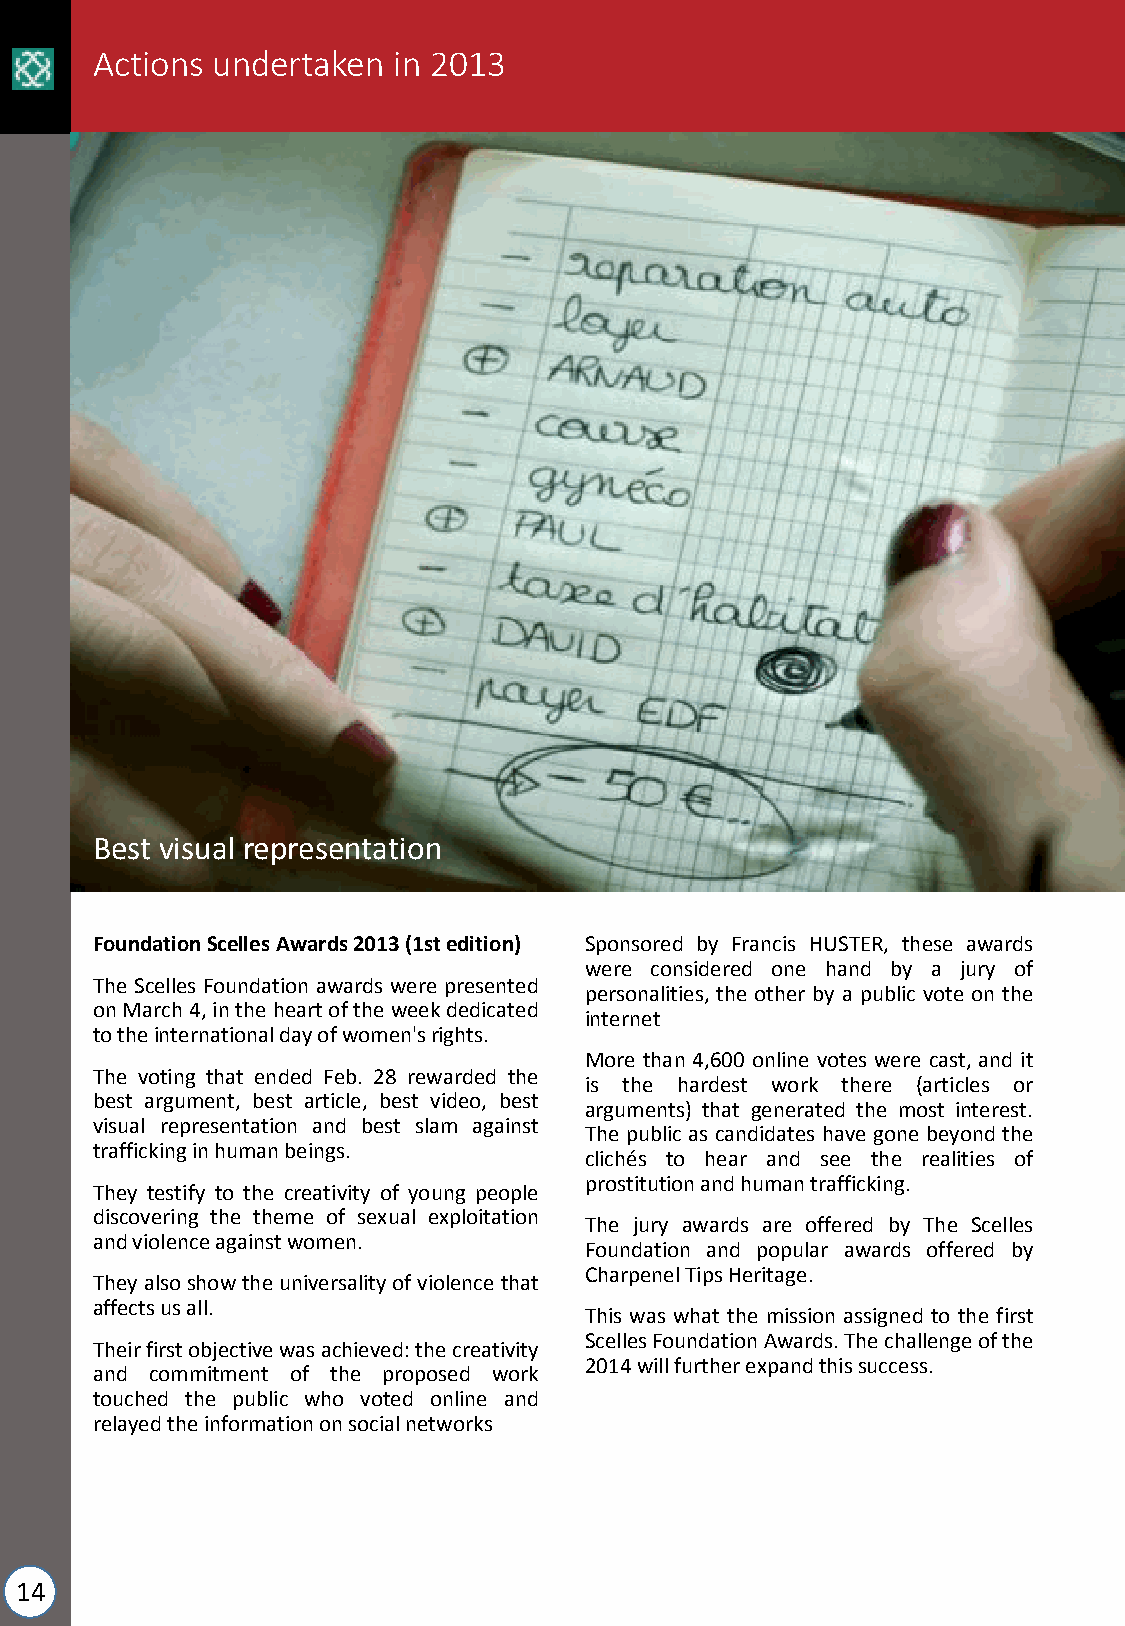
Actions undertaken  in 2013
 Best visual representation
 FoundationScellesAwards2013(1stedition) Sponsored by Francis HUSTER, these awards
 were considered one hand by a jury of
 The Scelles Foundation awards were presented
 personalities, the other by a public vote on the
 onMarch4,intheheartoftheweekdedicated
 internet
 totheinternationaldayofwomen'srights.
 More than 4,600 online votes were cast, and it
 The voting that ended Feb. 28 rewarded the
 is the hardest work there (articles or
 best argument, best article, best video, best
 arguments) that generated the most interest.
 visual representation and best slam against
 The publicas candidates have gone beyondthe
 traffickinginhumanbeings.
 clichés to hear and see the realities of
 prostitutionandhumantrafficking.
 They testify to the creativity of young people
 discovering the theme of sexual exploitation
 The jury awards are offered by The Scelles
 andviolenceagainstwomen.
 Foundation and popular awards offered by
 CharpenelTipsHeritage.
 Theyalsoshowtheuniversalityofviolencethat
 affectsusall.
 This was what the mission assigned to the first
 ScellesFoundationAwards.Thechallengeofthe
 Theirfirstobjectivewasachieved:thecreativity
 2014willfurtherexpandthissuccess.
 and commitment of the proposed work
 touched the public who voted online and
 relayedtheinformationonsocialnetworks
 14